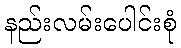
နည်းလမ်းပေါင်းစုံ